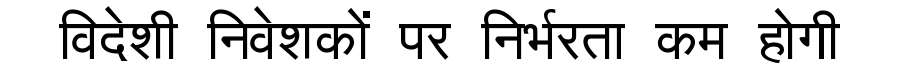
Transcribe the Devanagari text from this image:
विदेशी निवेशकों पर निर्भरता कम होगी